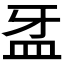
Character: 𥁆